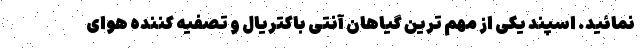
نمائید. اسپند یکی از مهم ترین گیاهان آنتی باکتریال و تصفیه کننده هوای